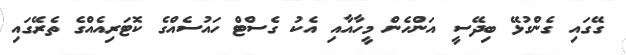
ގޭގައި ގެންގުޅޭ ބިދޭސީ އަންހެން މީހާއާއި އެކު ގެސްޓް ހައުސެއްގެ ކޮޓަރިއެއްގެ ތެރޭގައި